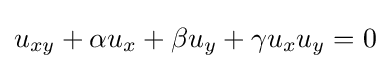
\displaystyle u_{xy}+\alpha u_{x}+\beta u_{y}+\gamma u_{x}u_{y}=0